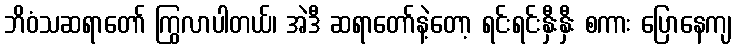
ဘိဝံသဆရာတော် ကြွလာပါတယ်၊ အဲဒီ ဆရာတော်နဲ့တော့ ရင်းရင်းနှီးနှီး စကား ပြောနေကျ